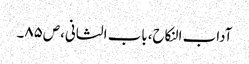
آداب النکاح،باب الثانی،ص٨٥۔